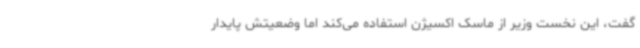
گفت، این نخست وزیر از ماسک اکسیژن استفاده می‌کند اما وضعیتش پایدار